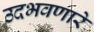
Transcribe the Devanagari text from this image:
उदभवणारे